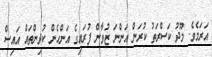
އަރަމެވެ. މޫދު ކަސްރަތު ކުރަން އަންނަ ޒުވާން ފުރައިގެ އަންހެން ކުދިންތައް އައިސް